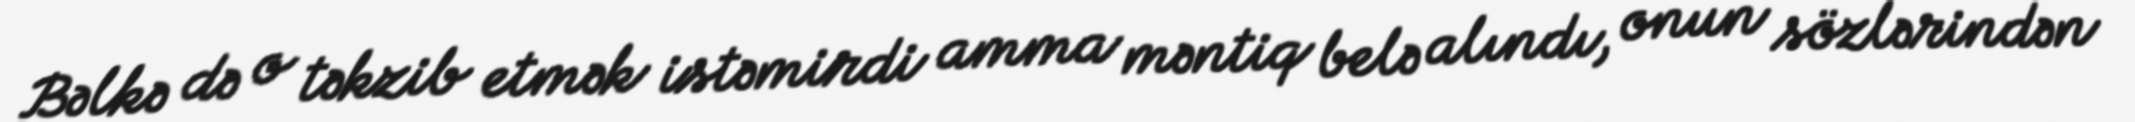
Bəlkə də o təkzib etmək istəmirdi amma məntiq belə alındı, onun sözlərindən